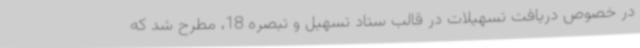
در خصوص دریافت تسهیلات در قالب ستاد تسهیل و تبصره 18، مطرح شد که